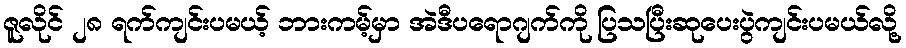
ဇူလိုင် ၂၈ ရက်ကျင်းပမယ့် ဘားကမ့်မှာ အဲဒီပရောဂျက်ကို ပြသပြီးဆုပေးပွဲကျင်းပမယ်လို့